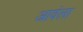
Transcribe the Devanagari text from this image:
आवंला